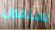
تستعمل